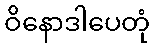
ဝိနောဒါပေတုံ